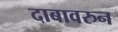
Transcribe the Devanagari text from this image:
दाबावरुन